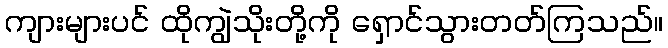
ကျားများပင် ထိုကျွဲသိုးတို့ကို ရှောင်သွားတတ်ကြသည်။